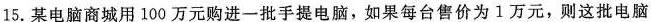
15.某电脑商城用100万元购进一批手提电脑，如果每台售价为1万元，则这批电脑